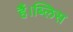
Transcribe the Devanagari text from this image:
हैं।ब्लिस